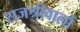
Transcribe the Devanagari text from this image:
राजश्रीवालों